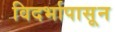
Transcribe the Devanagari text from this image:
विदर्भापासून